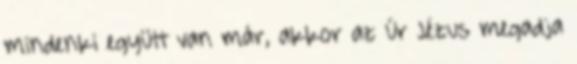
mindenki együtt van már, akkor az Úr Jézus megadja